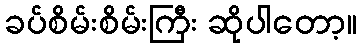
ခပ်စိမ်းစိမ်းကြီး ဆိုပါတော့။